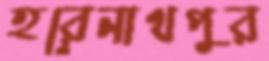
হরেনাথপুর